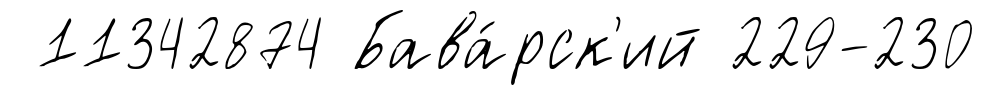
11342874 Бава́рск'ий 229-230